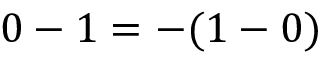
0 - 1 = - ( 1 - 0 )